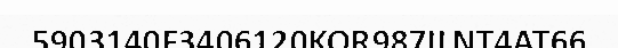
5903140F3406120KOR987ILNT4AT66